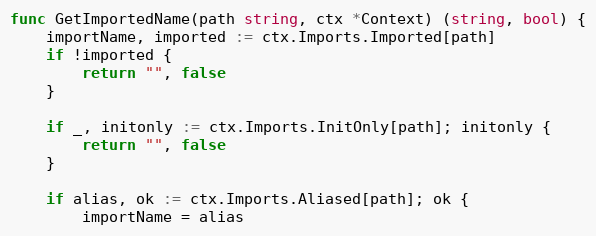
Language: Go
func GetImportedName(path string, ctx *Context) (string, bool) {
	importName, imported := ctx.Imports.Imported[path]
	if !imported {
		return "", false
	}

	if _, initonly := ctx.Imports.InitOnly[path]; initonly {
		return "", false
	}

	if alias, ok := ctx.Imports.Aliased[path]; ok {
		importName = alias